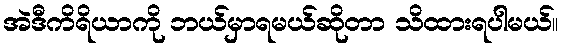
အဲဒီကိရိယာကို ဘယ်မှာရမယ်ဆိုတာ သိထားရပါမယ်။